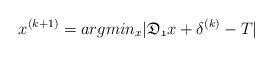
LaTeX: \begin{align*}x^{(k+1)}=argmin_{x} |\mathfrak{D_1}x+\delta^{(k)}-T|\end{align*}